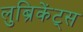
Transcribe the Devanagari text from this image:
लुब्रिकेंट्स